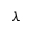
\lambda